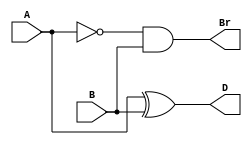
/*
This type of assigning is called procedural continuous assignment.
It is supported by some of the compilers.

https://stackoverflow.com/questions/1641184/verilog-can-you-put-assign-statements-within-always-or-begin-end-statements

module half_subtractor (
    input A,B, output reg Br, D
);
    always @(A,B)
    begin
    assign D = A^B;
    assign Br = (~A)&B;
    end
endmodule
*/
module half_subtractor (
    input A,B, output Br, D
);
    assign D = A^B;
    assign Br = (~A)&B;
endmodule